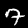
Digit: 7